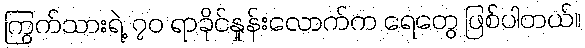
ကြွက်သားရဲ့ ၇၀ ရာခိုင်နှုန်းလောက်က ရေတွေ ဖြစ်ပါတယ်။